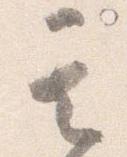
其